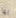
بها